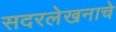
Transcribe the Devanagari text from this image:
सदरलेखनाचे